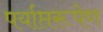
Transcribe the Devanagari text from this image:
पर्याप्तरूपेण